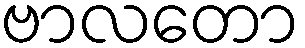
ဗာလတော